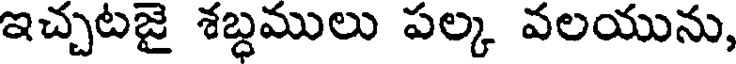
ఇచ్చటజై శబ్ధములు పల్క వలయును,